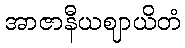
အာဇာနီယဈာယိတံ